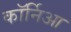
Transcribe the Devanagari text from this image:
कॉर्निआ